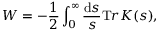
W = - \frac 1 2 \int _ { 0 } ^ { \infty } \frac { { \mathrm d } s } { s } { \mathrm T r } K ( s ) ,